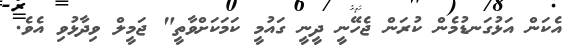
އެކަން އަޅުގަނޑުމެން ކުރަން ޖެހޭނީ ދީނީ ގައުމީ ކަމަކަށްވާތީ" ޖަމީލް ވިދާޅުވި އެވެ.